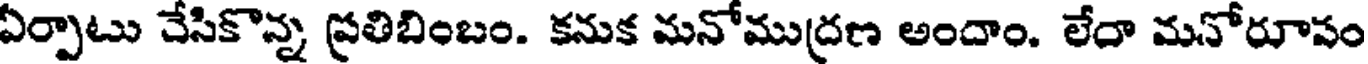
ఏర్పాటు చేసికొన్న ప్రతిబింబం. కనుక మనోముద్రణ అందాం. లేదా మనోరూపం